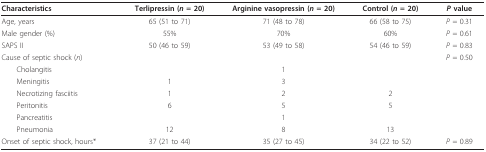
<table><thead><tr><td><b>Characteristics</b></td><td><b>Terlipressin (<i>n </i>= 20)</b></td><td><b>Arginine vasopressin (<i>n </i>= 20)</b></td><td><b>Control (<i>n </i>= 20)</b></td><td><b><i>P </i>value</b></td></tr></thead><tbody><tr><td>Age, years</td><td>65 (51 to 71)</td><td>71 (48 to 78)</td><td>66 (58 to 75)</td><td><i>P </i>= 0.31</td></tr><tr><td>Male gender (%)</td><td>55%</td><td>70%</td><td>60%</td><td><i>P </i>= 0.61</td></tr><tr><td>SAPS II</td><td>50 (46 to 59)</td><td>53 (49 to 58)</td><td>54 (46 to 59)</td><td><i>P </i>= 0.83</td></tr><tr><td>Cause of septic shock (<i>n</i>)</td><td></td><td></td><td></td><td><i>P </i>= 0.50</td></tr><tr><td> Cholangitis</td><td></td><td>1</td><td></td><td></td></tr><tr><td> Meningitis</td><td>1</td><td>3</td><td></td><td></td></tr><tr><td> Necrotizing fasciitis</td><td>1</td><td>2</td><td>2</td><td></td></tr><tr><td> Peritonitis</td><td>6</td><td>5</td><td>5</td><td></td></tr><tr><td> Pancreatitis</td><td></td><td>1</td><td></td><td></td></tr><tr><td> Pneumonia</td><td>12</td><td>8</td><td>13</td><td></td></tr><tr><td>Onset of septic shock, hours*</td><td>37 (21 to 44)</td><td>35 (27 to 45)</td><td>34 (22 to 52)</td><td><i>P </i>= 0.89</td></tr></tbody></table>